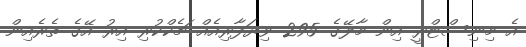
އެ މިނިސްޓްރީ އިން މާލޭގެ 295 ވިޔަފާރިއެއް ޗެކްކުރި އިރު އޭގެ ތެރެއިން